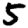
Digit: 5